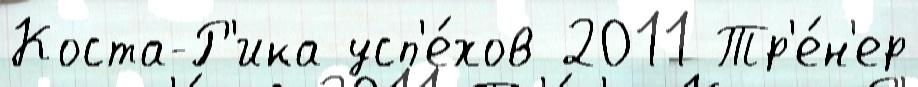
Коста-Р'ика усп'е́хов 2011 Тр'е́н'ер